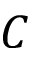
C